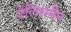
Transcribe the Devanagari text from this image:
टेलिसमैन